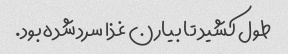
طول کشید تا بیارن غذا سرد شده بود.